Annual administration report of the Civil Veterinary Department of India - 1908-1909
Year: 1908
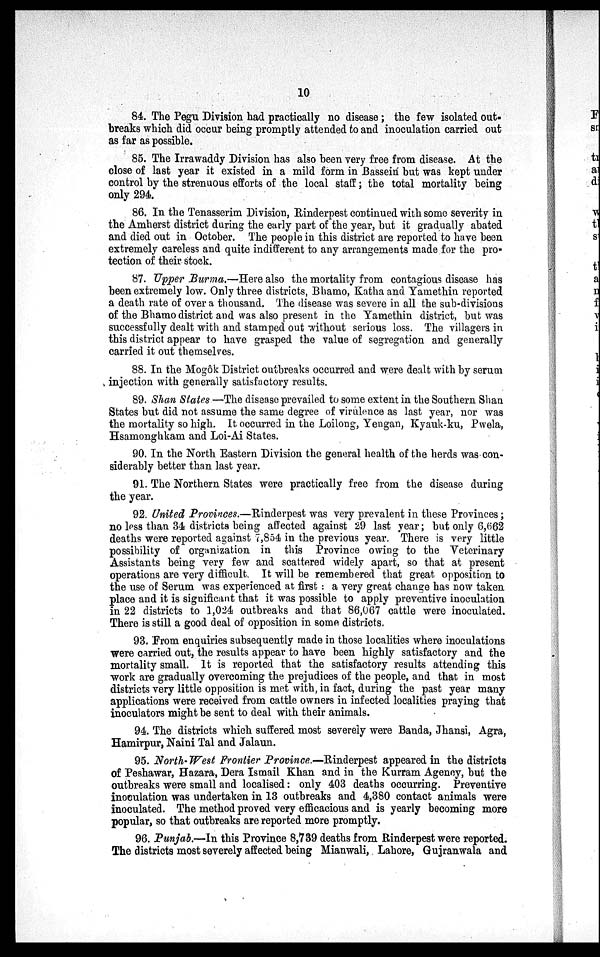
10
84. The Pegu Division had practically no disease; the few isolated out-
breaks which did occur being promptly attended to and inoculation carried out
as far as possible.
85. The Irrawaddy Division has also been very free from disease. At the
close of last year it existed in a mild form in Bassein but was kept under
control by the strenuous efforts of the local staff; the total mortality being
only 294.
86. In the Tenasserim Division, Rinderpest continued with some severity in
the Amherst district during the early part of the year, but it gradually abated
and died out in October. The people in this district are reported to have been
extremely careless and quite indifferent to any arrangements made for the pro-
tection of their stock.
87. Upper Burma.—Here also the mortality from contagious disease has
been extremely low. Only three districts, Bhamo, Katha and Yamethin reported
a death rate of over a thousand. The disease was severe in all the sub-divisions
of the Bhamo district and was also present in the Yamethin district, but was
successfully dealt with and stamped out without serious loss. The villagers in
this district appear to have grasped the value of segregation and generally
carried it out themselves.
88. In the Mogôk District outbreaks occurred and were dealt with by serum
injection with generally satisfactory results.
89. Shan States—The disease prevailed to some extent in the Southern Shan
States but did not assume the same degree of virulence as last year, nor was
the mortality so high. It occurred in the Loilong, Yengan, Kyauk-ku, Pwela,
Hsamonghkam and Loi-Ai States.
90. In the North Eastern Division the general health of the herds was con-
siderably better than last year.
91. The Northern States were practically free from the disease during
the year.
92. United Provinces.—Rinderpest was very prevalent in these Provinces;
no less than 34 districts being affected against 29 last year; but only 6,662
deaths were reported against 7,854 in the previous year. There is very little
possibility of organization in this Province owing to the Veterinary
Assistants being very few and scattered widely apart, so that at present
operations are very difficult. It will be remembered that great opposition to
the use of Serum was experienced at first: a very great change has now taken
place and it is significant that it was possible to apply preventive inoculation
in 22 districts to 1,024 outbreaks and that 86,067 cattle were inoculated.
There is still a good deal of opposition in some districts.
93. From enquiries subsequently made in those localities where inoculations
were carried out, the results appear to have been highly satisfactory and the
mortality small. It is reported that the satisfactory results attending this
work are gradually overcoming the prejudices of the people, and that in most
districts very little opposition is met with, in fact, during the past year many
applications were received from cattle owners in infected localities praying that
inoculators might be sent to deal with their animals.
94. The districts which suffered most severely were Banda, Jhansi, Agra,
Hamirpur, Naini Tal and Jalaun.
95. North-West Frontier Province.—Rinderpest appeared in the districts
of Peshawar, Hazara, Dera Ismail Khan and in the Kurram Agency, but the
outbreaks were small and localised: only 403 deaths occurring. Preventive
inoculation was undertaken in 13 outbreaks and 4,380 contact animals were
inoculated. The method proved very efficacious and is yearly becoming more
popular, so that outbreaks are reported more promptly.
96. Punjab.—In this Province 8,739 deaths from Rinderpest were reported.
The districts most severely affected being Mianwali, Lahore, Gujranwala and